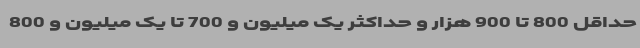
حداقل 800 تا 900 هزار و حداکثر یک میلیون و 700 تا یک میلیون و 800